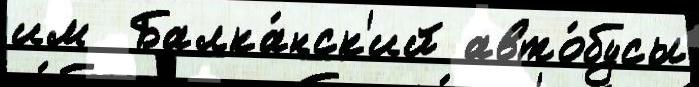
им  Балка́нск'ий авто́бусы